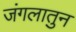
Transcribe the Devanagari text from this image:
जंगलातुन